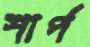
শার্প